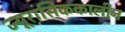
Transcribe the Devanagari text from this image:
ज्यूरासिककालीन